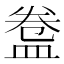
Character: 𥁸